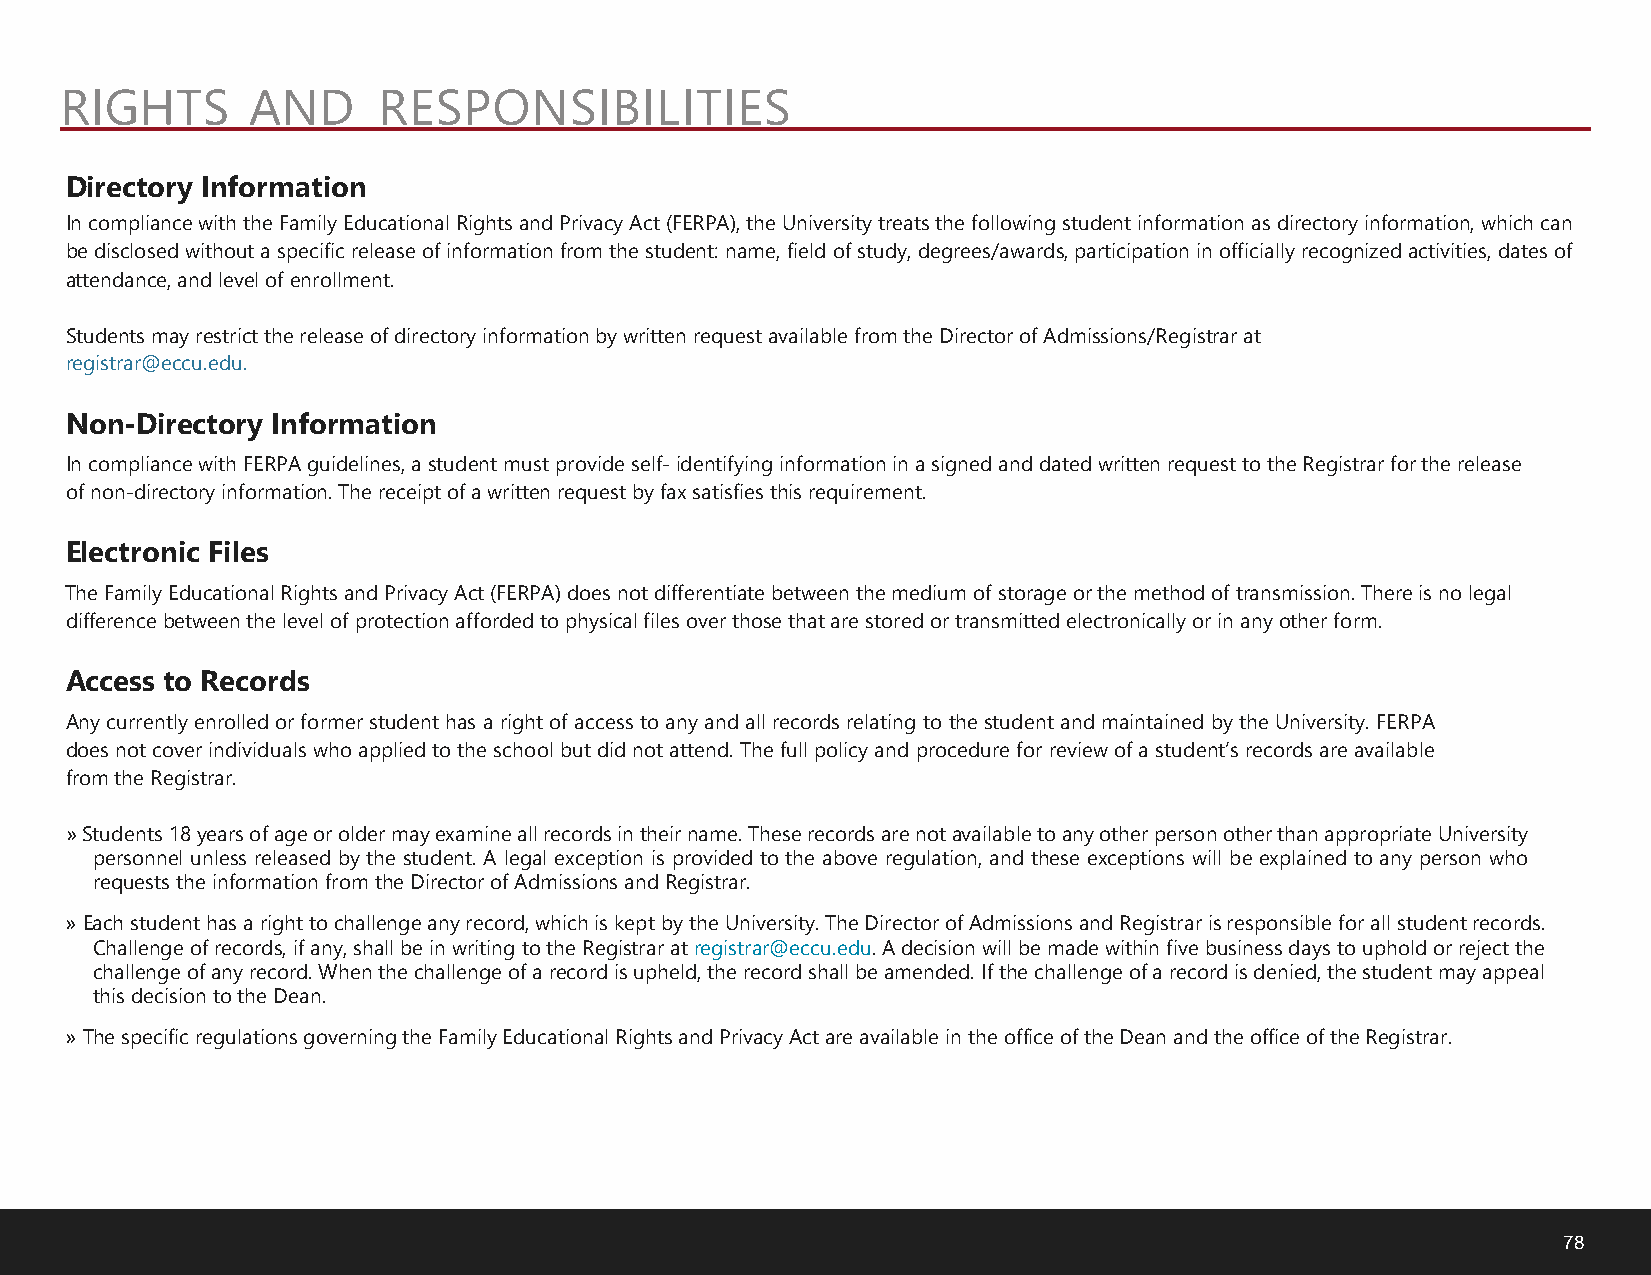
RIGHTS      AND      RESPONSIBILITIES
 Directory Information
 In compliance with the Family Educational Rights and Privacy Act (FERPA), the University treats the following student information as directory information, which can
 be disclosed without a specific release of information from the student: name, field of study, degrees/awards, participation in officially recognized activities, dates of
 attendance, and level of enrollment.
 Students may restrict the release of directory information by written request available from the Director of Admissions/Registrar at
 registrar@eccu.edu.
 Non-Directory Information
 In compliance with FERPA guidelines, a student must provide self- identifying information in a signed and dated written request to the Registrar for the release
 of non-directory information. The receipt of a written request by fax satisfies this requirement.
 Electronic Files
 The Family Educational Rights and Privacy Act (FERPA) does not differentiate between the medium of storage or the method of transmission. There is no legal
 difference between the level of protection afforded to physical files over those that are stored or transmitted electronically or in any other form.
 Access to Records
 Any currently enrolled or former student has a right of access to any and all records relating to the student and maintained by the University. FERPA
 does not cover individuals who applied to the school but did not attend. The full policy and procedure for review of a student’s records are available
 from the Registrar.
 »Students 18 years of age or older may examine all records in their name. These records are not available to any other person other than appropriate University
 personnel unless released by the student. A legal exception is provided to the above regulation, and these exceptions will be explained to any person who
 requests the information from the Director of Admissions and Registrar.
 »Each student has a right to challenge any record, which is kept by the University. The Director of Admissions and Registrar is responsible for all student records.
 Challenge of records, if any, shall be in writing to the Registrar at registrar@eccu.edu. A decision will be made within five business days to uphold or reject the
 challenge of any record. When the challenge of a record is upheld, the record shall be amended. If the challenge of a record is denied, the student may appeal
 this decision to the Dean.
 »The specific regulations governing the Family Educational Rights and Privacy Act are available in the office of the Dean and the office of the Registrar.
 78